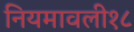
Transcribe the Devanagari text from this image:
नियमावली१८